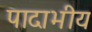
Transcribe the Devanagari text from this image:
पादाभीय